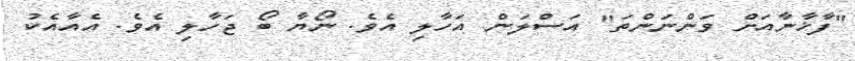
"ފާޚާނާއަށް ވަންނަންތަ" އަސްލަން އަހާލި އެވެ. ނޯޔާ ބޯ ޖަހާލި އެވެ. އެއާއެކު